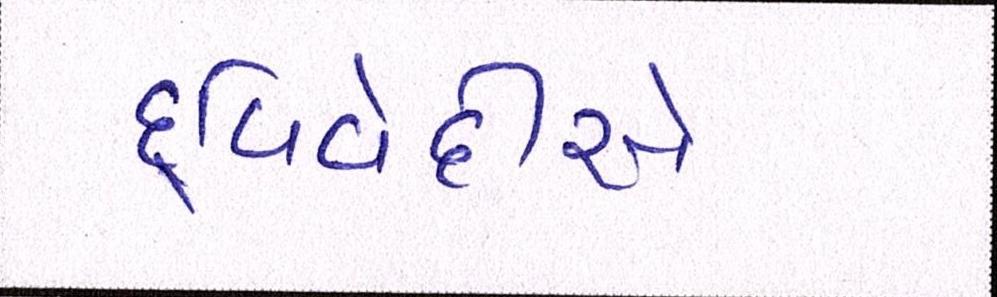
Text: દ્વિવેદીએ